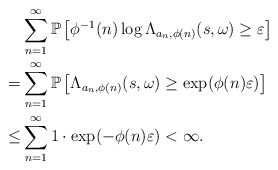
\begin{align*}&\sum_{n=1}^\infty \mathbb{P}\left[\phi^{-1}(n)\log \Lambda_{a_n,\phi(n)}(s,\omega)\geq\varepsilon\right]\\=&\sum_{n=1}^\infty\mathbb{P}\left[\Lambda_{a_n,\phi(n)}(s,\omega)\geq\exp(\phi(n)\varepsilon)\right]\\\leq&\sum_{n=1}^\infty 1\cdot\exp(-\phi(n)\varepsilon)<\infty.\end{align*}